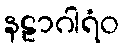
နဠာဂါရံဝ